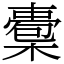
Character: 𣚇